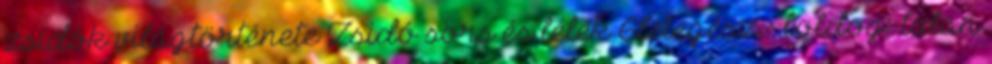
zsidók világtörténete Zsidó sors és lélek Életegész - boldog talan